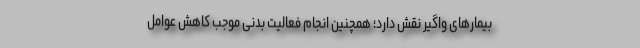
بیمارهای واگیر نقش دارد؛ همچنین انجام فعالیت بدنی موجب کاهش عوامل